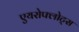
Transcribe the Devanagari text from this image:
एयरोफ्लोट्स